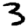
Digit: 3